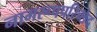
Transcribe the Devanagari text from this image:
नामरूपपरिच्छेद